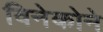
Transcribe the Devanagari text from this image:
विनेकोने